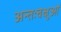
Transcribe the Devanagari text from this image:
अन्तःचक्षुओं